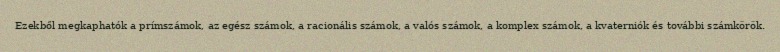
Ezekből megkaphatók a prímszámok, az egész számok, a racionális számok, a valós számok, a komplex számok, a kvaterniók és további számkörök.